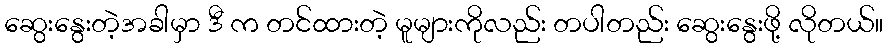
ဆွေးနွေးတဲ့အခါမှာ ဒီ က တင်ထားတဲ့ မူများကိုလည်း တပါတည်း ဆွေးနွေးဖို့ လိုတယ်။